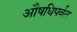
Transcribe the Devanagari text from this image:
औषधिपर्वत